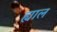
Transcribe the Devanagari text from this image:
ह्याल